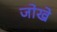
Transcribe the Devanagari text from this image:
जोखे